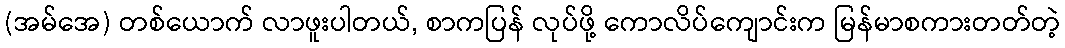
(အမ်အေ) တစ်ယောက် လာဖူးပါတယ်, စာကပြန် လုပ်ဖို့ ကောလိပ်ကျောင်းက မြန်မာစကားတတ်တဲ့